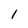
Character: l